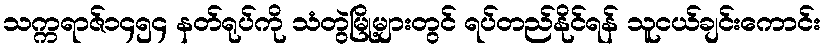
သက္ကရာဇ်၁၄၅၄ နတ်ရုပ်ကို သံတွဲမြို့များတွင် ရပ်တည်နိုင်ရန် သူငယ်ချင်းကောင်း